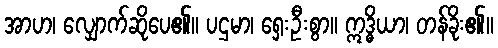
အာဟ၊ လျှောက်ဆိုပေ၏။ ပဌမာ၊ ရှေးဦးစွာ။ ဣဒ္ဓိယာ၊ တန်ခိုး၏။